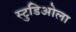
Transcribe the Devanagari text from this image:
स्टुडिओला